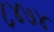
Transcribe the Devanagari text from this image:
८४७४